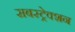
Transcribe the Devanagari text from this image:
सबस्ट्रेक्शन